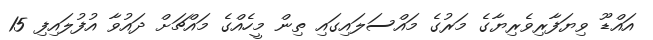
އައްޑޫ ވިޔަފާރިވެރިޔާގެ މަރުގެ މައްސަލައިގައި ތިން މީހެއްގެ މައްޗަށް ދައުވާ އުފުލައިފި 15